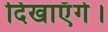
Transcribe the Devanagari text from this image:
दिखाएँगे।